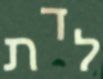
לדת